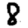
Digit: 8